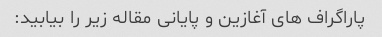
پاراگراف های آغازین و پایانی مقاله زیر را بیابید: